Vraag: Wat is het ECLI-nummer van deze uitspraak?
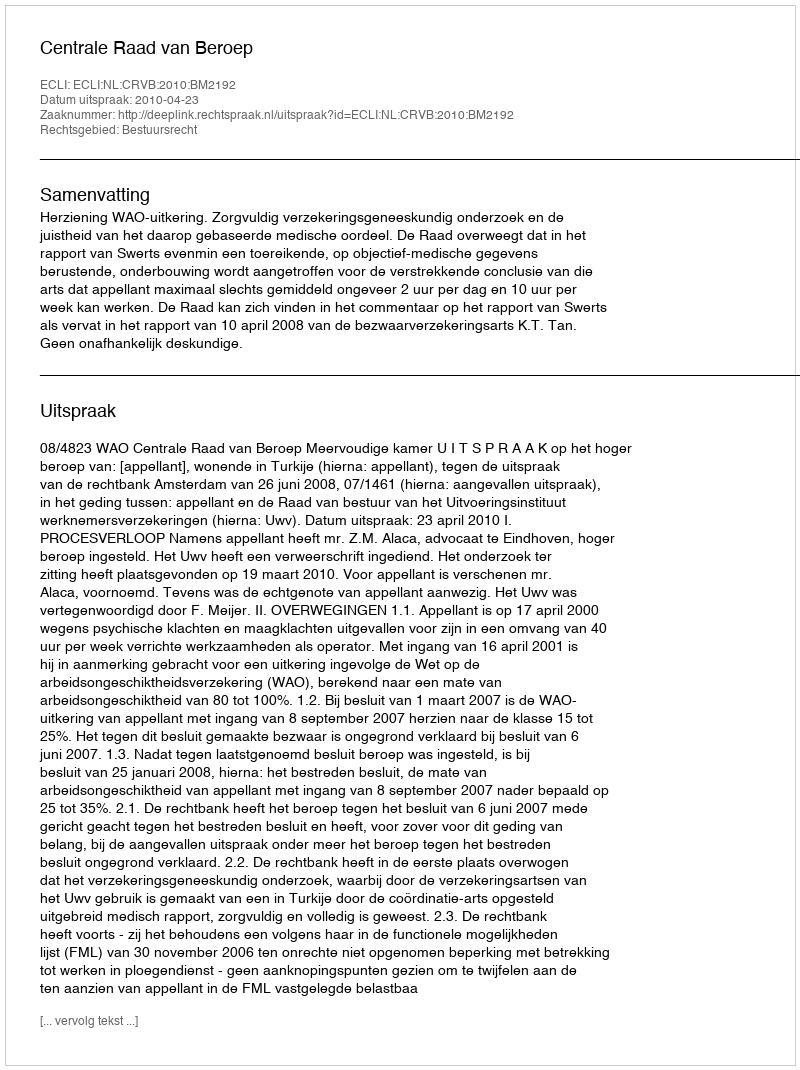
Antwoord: ECLI:NL:CRVB:2010:BM2192